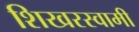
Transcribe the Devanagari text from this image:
शिखरस्वामी